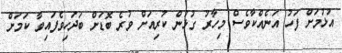
އުޅުމަށް ފަހު އަނެއްކާވެސް މިހާރު ގުޅުން ކުރިއަށް ވުރެ ބޮޑަށް ބަދަހިވެފައިވާ ކަމަށް